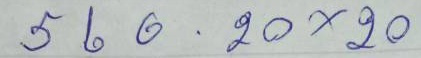
560 - 20x20